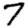
Digit: 7